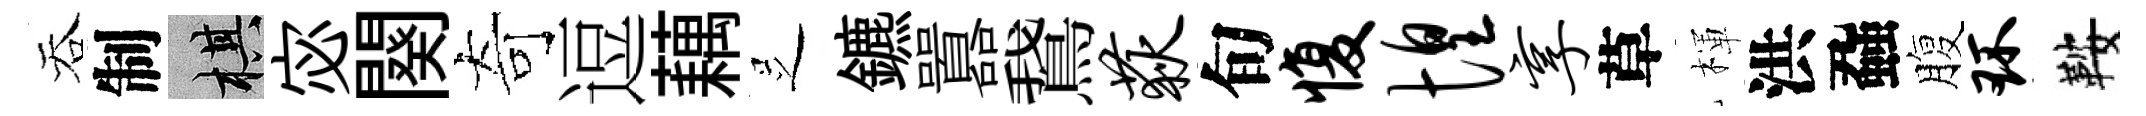
吞制棋宓闋奇逗藕𠯁鑣囂鵞荻旬愎惶享草楎洪蝨腹环鞍